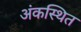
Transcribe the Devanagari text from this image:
अंकस्थित